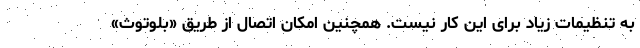
به تنظیمات زیاد برای این کار نیست. همچنین امکان اتصال از طریق «بلوتوث»